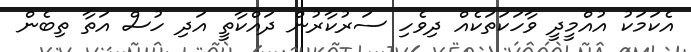
އެކަމަކު އުއްމީދީ ވާހަކަތަކެއް ދިވެހި ސަރުކާރުން ދައްކާތީ އަދި ހުސް އަތާ ތިބެން